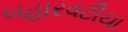
બહારવટીયા